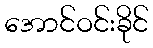
အောင်ဝင်းခိုင်